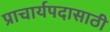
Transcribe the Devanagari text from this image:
प्राचार्यपदासाठी